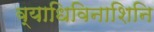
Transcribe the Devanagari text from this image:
व्याधिविनाशिनि